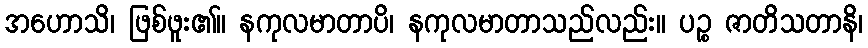
အဟောသိ၊ ဖြစ်ဖူး၏။ နကုလမာတာပိ၊ နကုလမာတာသည်လည်း။ ပဉ္စ ဇာတိသတာနိ၊